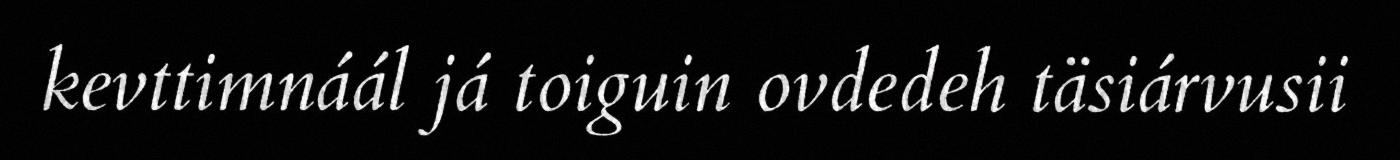
kevttimnáál já toiguin ovdedeh täsiárvusii